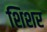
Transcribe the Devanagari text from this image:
शिशर